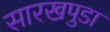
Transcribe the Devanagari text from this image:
सारखपुडा